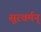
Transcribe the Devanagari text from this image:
सूरवर्मन्